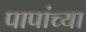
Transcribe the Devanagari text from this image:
पापांच्या